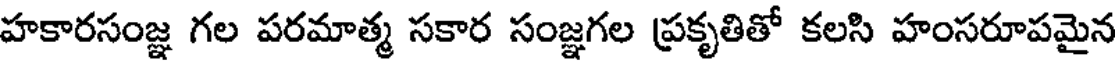
హకారసంజ్ఞ గల పరమాత్మ సకార సంజ్ఞగల ప్రకృతితో కలసి హంసరూపమైన